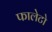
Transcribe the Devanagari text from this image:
फालेटो